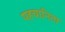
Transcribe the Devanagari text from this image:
पहचानिता